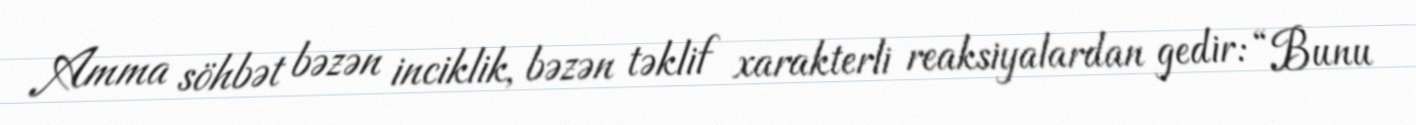
Amma söhbət bəzən inciklik, bəzən təklif xarakterli reaksiyalardan gedir: “Bunu